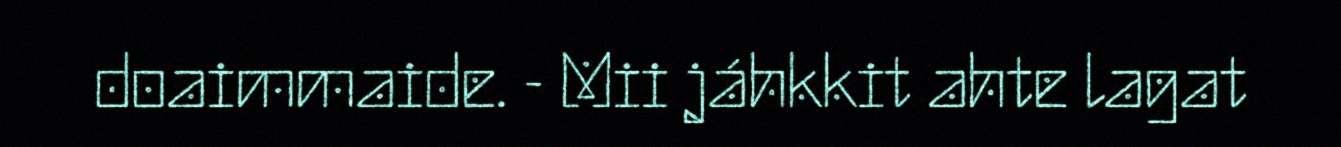
doaimmaide. - Mii jáhkkit ahte lagat